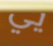
يي